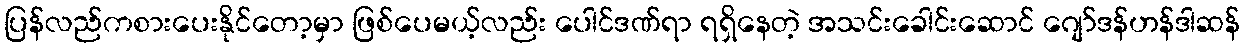
ပြန်လည်ကစားပေးနိုင်တော့မှာ ဖြစ်ပေမယ့်လည်း ပေါင်ဒဏ်ရာ ရရှိနေတဲ့ အသင်းခေါင်းဆောင် ဂျော်ဒန်ဟန်ဒါဆန်